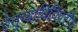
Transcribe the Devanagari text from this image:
हेतुव्याधिविपरीत